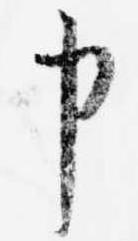
申